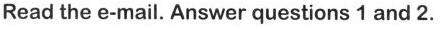
Read the e-mail. Answer questions 1 and 2.